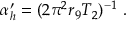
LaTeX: \alpha _ { h } ^ { \prime } = ( 2 \pi ^ { 2 } r _ { 9 } T _ { 2 } ) ^ { - 1 } \ .